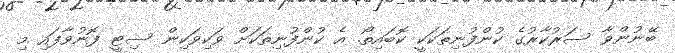
ބޭނުންވާ ސަރުކާރުގެ ކުންފުނިތަކަކީ ކޮބައިތޯ. އެ ކުންފުނިތަކަށް ވަކިވަކިން ސިޓީ ފޮނުވާފައި މި